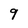
Character: 9